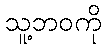
သူ့ဘဝကို